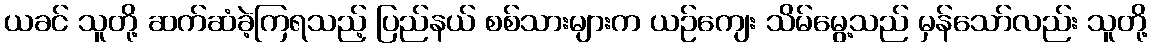
ယခင် သူတို့ ဆက်ဆံခဲ့ကြရသည့် ပြည်နယ် စစ်သားများက ယဉ်ကျေး သိမ်မွေ့သည် မှန်သော်လည်း သူတို့